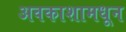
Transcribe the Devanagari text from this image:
अवकाशामधून